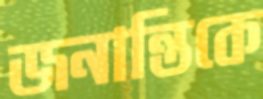
জনান্তিকে